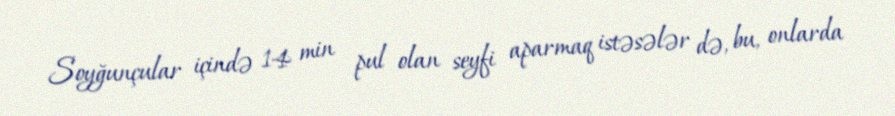
Soyğunçular içində 14 min pul olan seyfi aparmaq istəsələr də, bu, onlarda